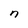
Character: n